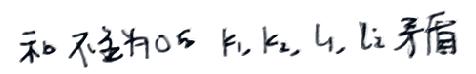
和不全为0的 \(k_1,k_2,l_1,l_2\) 矛盾